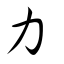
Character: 力